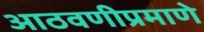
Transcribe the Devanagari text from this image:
आठवणीप्रमाणे